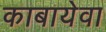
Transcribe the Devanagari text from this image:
काबायेवा